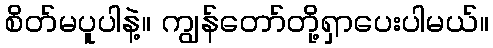
စိတ်မပူပါနဲ့။ ကျွန်တော်တို့ရှာပေးပါမယ်။